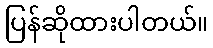
ပြန်ဆိုထားပါတယ်။